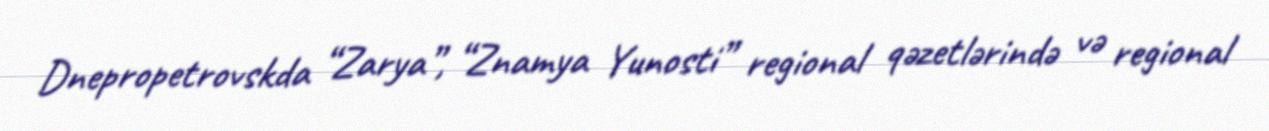
Dnepropetrovskda “Zarya”, “Znamya Yunosti” regional qəzetlərində və regional